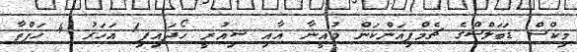
މިކްސް ޑަބަލްސްގެ ޗެމްޕިއަންކަން މުއީނާ އާއި ޝިއުރީ ހޯދައިފި1 އަހަރު 4 ހަފްތާ